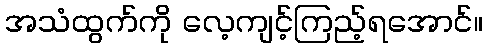
အသံထွက်ကို လေ့ကျင့်ကြည့်ရအောင်။